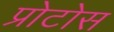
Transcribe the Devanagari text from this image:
प्रोटोस